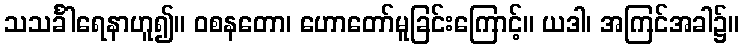
သသင်္ခါရေနာဟူ၍။ ဝစနတော၊ ဟောတော်မူခြင်းကြောင့်။ ယဒါ၊ အကြင်အခါ၌။